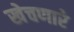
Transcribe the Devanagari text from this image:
खेचणारे